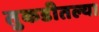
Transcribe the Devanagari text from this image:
तुकडीतल्या